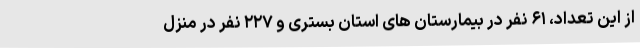
از این تعداد، ۶۱ نفر در بیمارستان های استان بستری و ۲۲۷ نفر در منزل